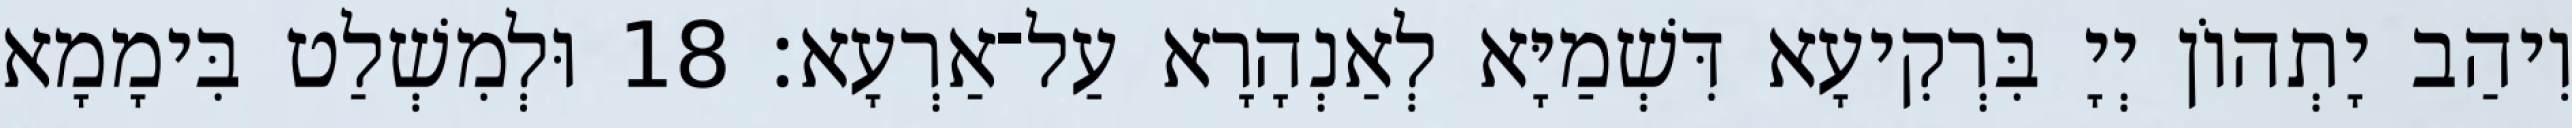
וִיהַב יָתְהוֹן יְיָ בִּרְקִיעָא דִּשְׁמַיָּא לְאַנְהָרָא עַל־אַרְעָא׃ 18 וּלְמִשְׁלַט בִּימָמָא